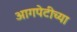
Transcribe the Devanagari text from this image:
आगपेटीच्या